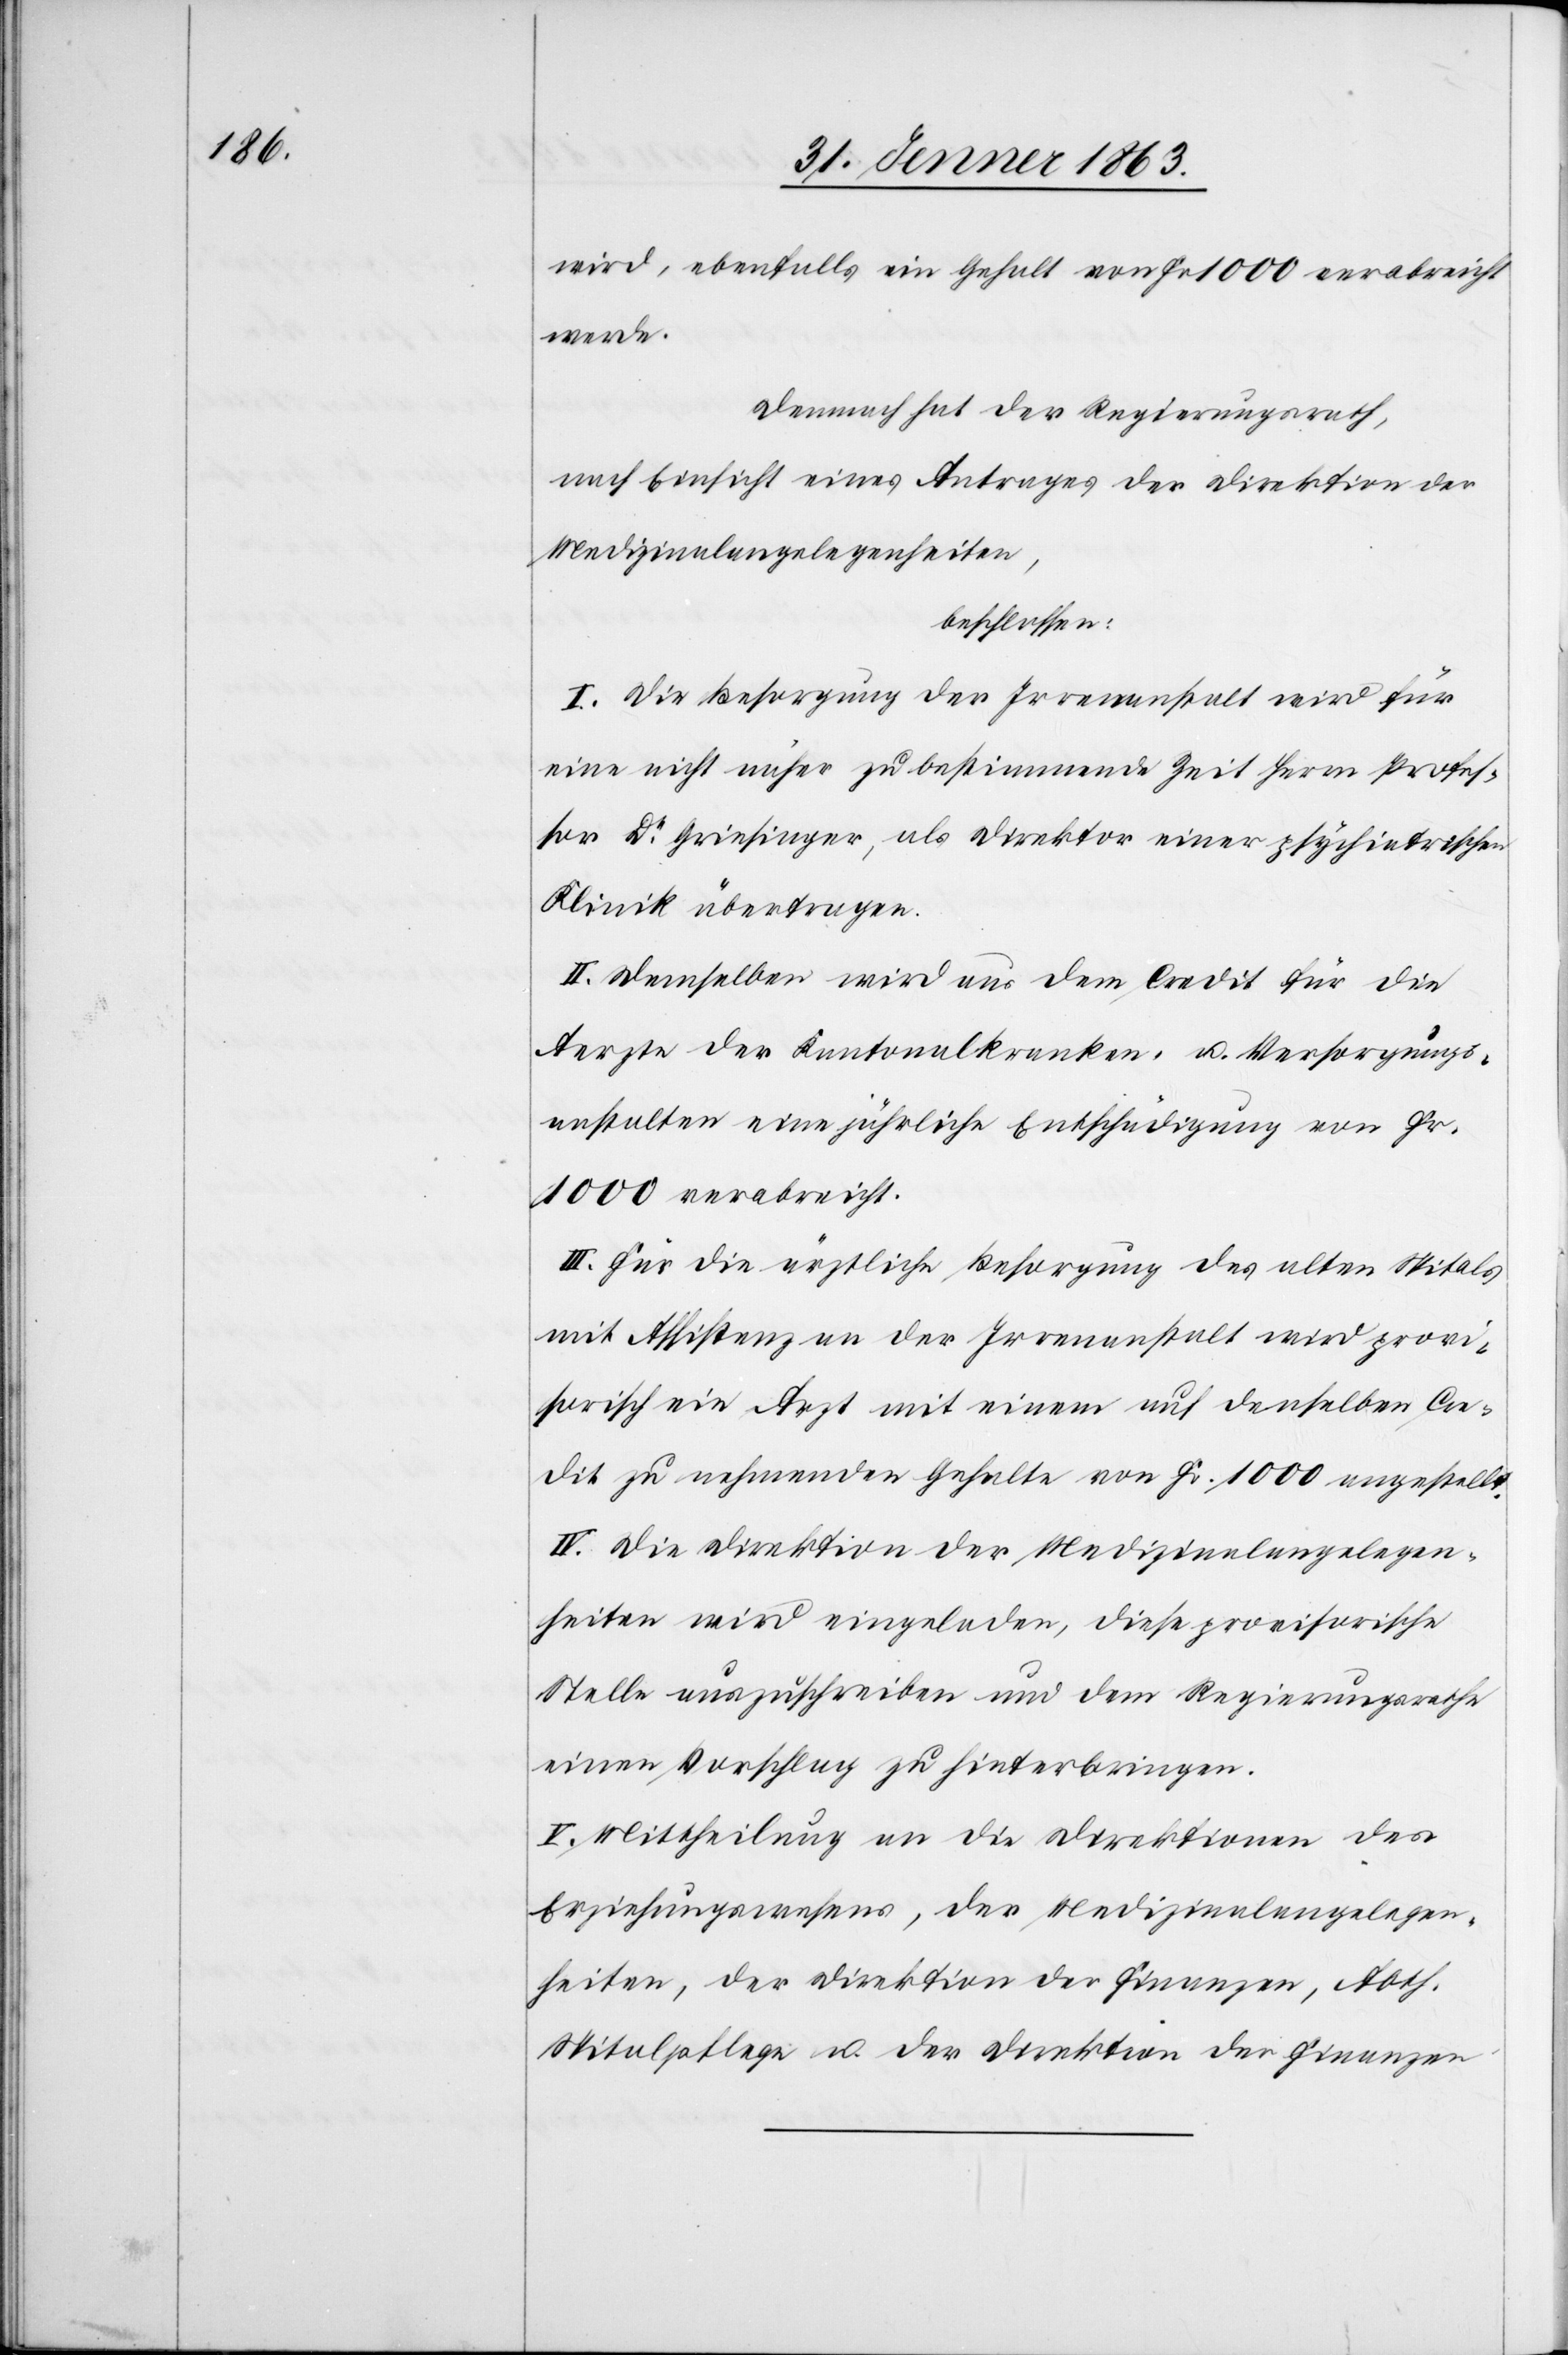
wird, ebenfalls ein Gehalt von Fr 1000 verabreicht
werde.
Demnach hat der Regierungsrath,
nach Einsicht eines Antrages der Direktion der
Medizinalangelegenheiten,
beschlossen:
I. Die Besorgung der Irrenanstalt wird für
eine nicht näher zu bestimmende Zeit Herrn Profes¬
sor Dr Griesinger, als Direktor einer psychiatrischen
Klinik übertragen.
II. Demselben wird aus dem Credit für die
Aerzte der Kantonalkranken- u. Versorgungs¬
anstalten eine jährliche Entschädigung von Fr.
1000 verabreicht.
III. Für die ärztliche Besorgung des alten Spitals
mit Assistenz an der Irrenanstalt wird provi¬
sorisch ein Arzt mit einem auf denselben Cre¬
dit zu nehmenden Gehalte von Fr. 1000 angestellt.
IV. Die Direktion der Medizinalangelegen¬
heiten wird eingeladen, diese provisorische
Stelle auszuschreiben und dem Regierungsrathe
einen Vorschlag zu hinterbringen.
V. Mittheilung an die Direktion des
Erziehungswesens, der Medizinalangelegen¬
heiten, der Direktion der Finanzen, Abth.
Spitalpflege u. der Direktion der Finanzen.